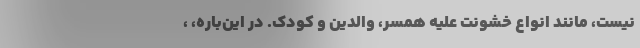
نیست، مانند انواع خشونت‌ علیه همسر، والدین و کودک. در این‌باره، ،